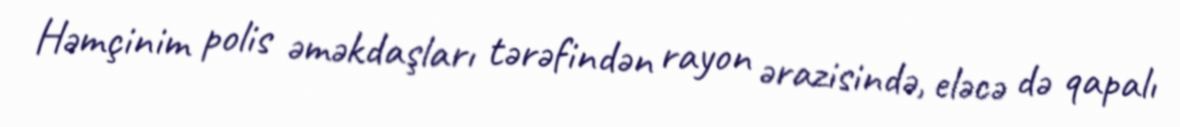
Həmçinim polis əməkdaşları tərəfindən rayon ərazisində, eləcə də qapalı